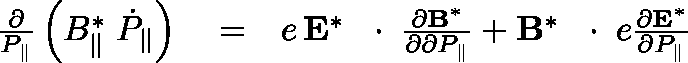
\begin{array} { r l r } { \frac { \partial } { P _ { \| } } \left( B _ { \| } ^ { * } \; \dot { P } _ { \| } \right) } & { { } = } & { e \, { \bf E } ^ { * } \, \mathrm { ~ \boldmath ~ \cdot ~ } \, \frac { \partial { \bf B } ^ { * } } { \partial \partial P _ { \| } } + { \bf B } ^ { * } \, \mathrm { ~ \boldmath ~ \cdot ~ } \, e \frac { \partial { \bf E } ^ { * } } { \partial P _ { \| } } } \end{array}